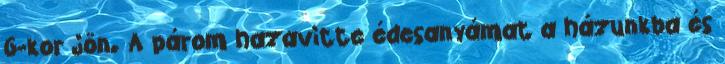
6-kor jön. A párom hazavitte édesanyámat a házunkba és